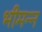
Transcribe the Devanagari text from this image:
भीमन्‍न